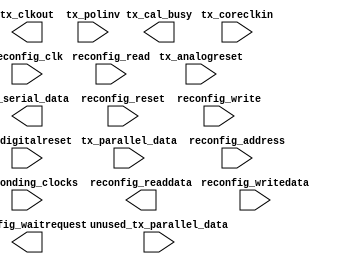
module gxb_tx (
		input  wire [3:0]   tx_analogreset,          //          tx_analogreset.tx_analogreset
		input  wire [3:0]   tx_digitalreset,         //         tx_digitalreset.tx_digitalreset
		output wire [3:0]   tx_cal_busy,             //             tx_cal_busy.tx_cal_busy
		input  wire [23:0]  tx_bonding_clocks,       //       tx_bonding_clocks.clk
		output wire [3:0]   tx_serial_data,          //          tx_serial_data.tx_serial_data
		input  wire [3:0]   tx_coreclkin,            //            tx_coreclkin.clk
		output wire [3:0]   tx_clkout,               //               tx_clkout.clk
		input  wire [79:0]  tx_parallel_data,        //        tx_parallel_data.tx_parallel_data
		input  wire [431:0] unused_tx_parallel_data, // unused_tx_parallel_data.unused_tx_parallel_data
		input  wire [3:0]   tx_polinv,               //               tx_polinv.tx_polinv
		input  wire [3:0]   reconfig_clk,            //            reconfig_clk.clk
		input  wire [3:0]   reconfig_reset,          //          reconfig_reset.reset
		input  wire [3:0]   reconfig_write,          //           reconfig_avmm.write
		input  wire [3:0]   reconfig_read,           //                        .read
		input  wire [39:0]  reconfig_address,        //                        .address
		input  wire [127:0] reconfig_writedata,      //                        .writedata
		output wire [127:0] reconfig_readdata,       //                        .readdata
		output wire [3:0]   reconfig_waitrequest     //                        .waitrequest
	);
endmodule